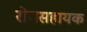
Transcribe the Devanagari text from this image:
रोगसहायक